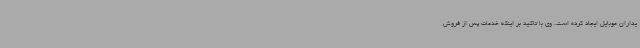
یداران موبایل ایجاد کرده است. وی با تاکید بر اینکه خدمات پس از فروش